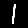
Digit: 1